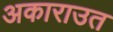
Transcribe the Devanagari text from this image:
अकाराउत